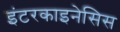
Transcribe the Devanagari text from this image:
इंटरकाइनेसिस